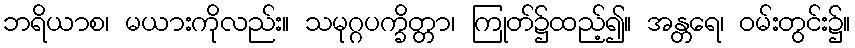
ဘရိယာစ၊ မယားကိုလည်း။ သမုဂ္ဂပက္ခိတ္တာ၊ ကြုတ်၌ထည့်၍။ အန္တရေ၊ ဝမ်းတွင်း၌။